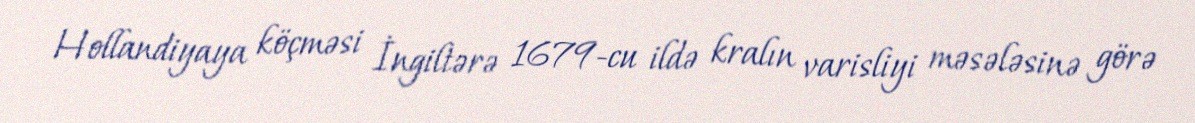
Hollandiyaya köçməsi İngiltərə 1679-cu ildə kralın varisliyi məsələsinə görə